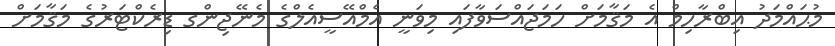
މުޙައްމަދު އިބްރާހިމް އެ މަޤާމަށް ހަމަޖައްސަވާފައި މިވަނީ އެމްއޭސީއެލްގެ މެނޭޖިންގ ޑިރެކްޓަރުގެ މަޤާމަށް